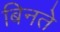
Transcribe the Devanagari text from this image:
बिनते